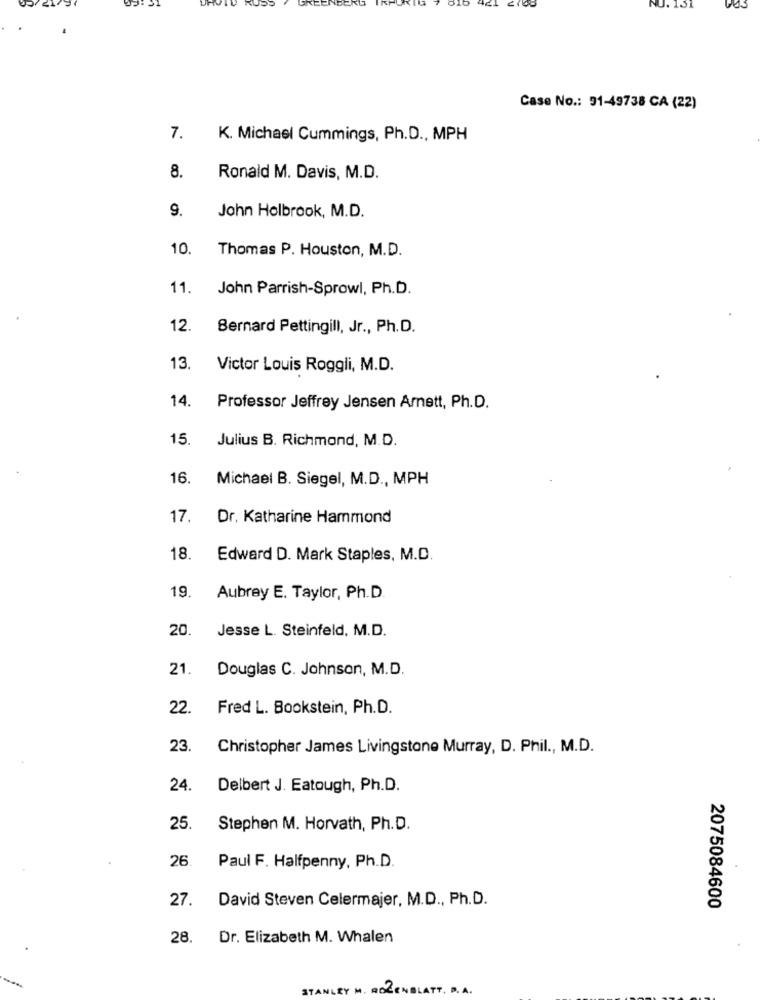
BERO
.131
Case No .: 91-49738 CA (22)
7.
K. Michael Cummings, Ph.D ., MPH
8.
Ronald M. Davis, M.D.
9.
John Holbrook, M.D.
10.
Thomas P. Houston, M.D.
11.
John Parrish-Sprowl, Ph.D.
12.
Bernard Pettingill, Jr ., Ph.D.
13.
Victor Louis Roggli, M.D.
14.
Professor Jeffrey Jensen Arnett, Ph.D.
15.
Julius B. Richmond, M.D.
16.
Michael B. Siegel, M.D ., MPH
17.
Dr. Katharine Hammond
18.
Edward D. Mark Staples, M.D.
19.
Aubrey E. Taylor, Ph.D.
20
Jesse L. Steinfeld, M.D.
21.
Douglas C. Johnson, M.D.
22.
Fred L. Bookstein, Ph.D.
23
Christopher James Livingstone Murray, D. Phil ., M.D.
24.
Delbert J. Eatough, Ph.D.
25.
Stephen M. Horvath, Ph.D.
26.
Paul F. Halfpenny, Ph.D.
27.
David Steven Celermajer, M.D ., Ph.D.
2075084600
28.
Dr. Elizabeth M. Whalen
STANLEY M .
ROZENBLATT. B.A.